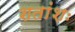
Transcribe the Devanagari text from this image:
शतांशः